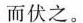
而伏之。